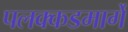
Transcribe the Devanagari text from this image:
पलक्कडमार्गे